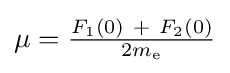
\mu ={\tfrac {F_{1}(0)\ +\ F_{2}(0)}{2m_{\rm {e}}}}